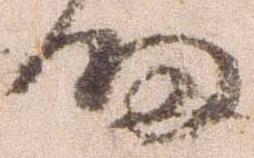
細